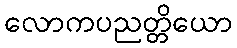
လောကပညတ္တိယော